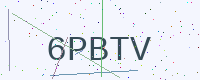
Text: 6PBTV